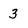
Character: 3